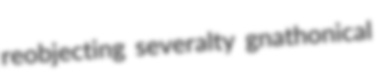
reobjecting severalty gnathonical